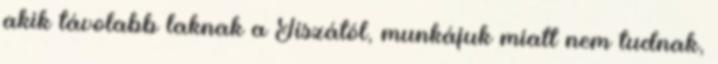
akik távolabb laknak a Tiszától, munkájuk miatt nem tudnak,